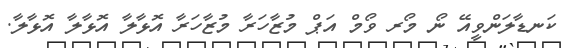
ކަނޑާލަންވީއޭ ނޯ މޯރ ވޯމް އަޕް މުޒާހަރާ މުޒާހަރާ އޮޅާލާ އޮޅާލާ އޮޅާލާ.